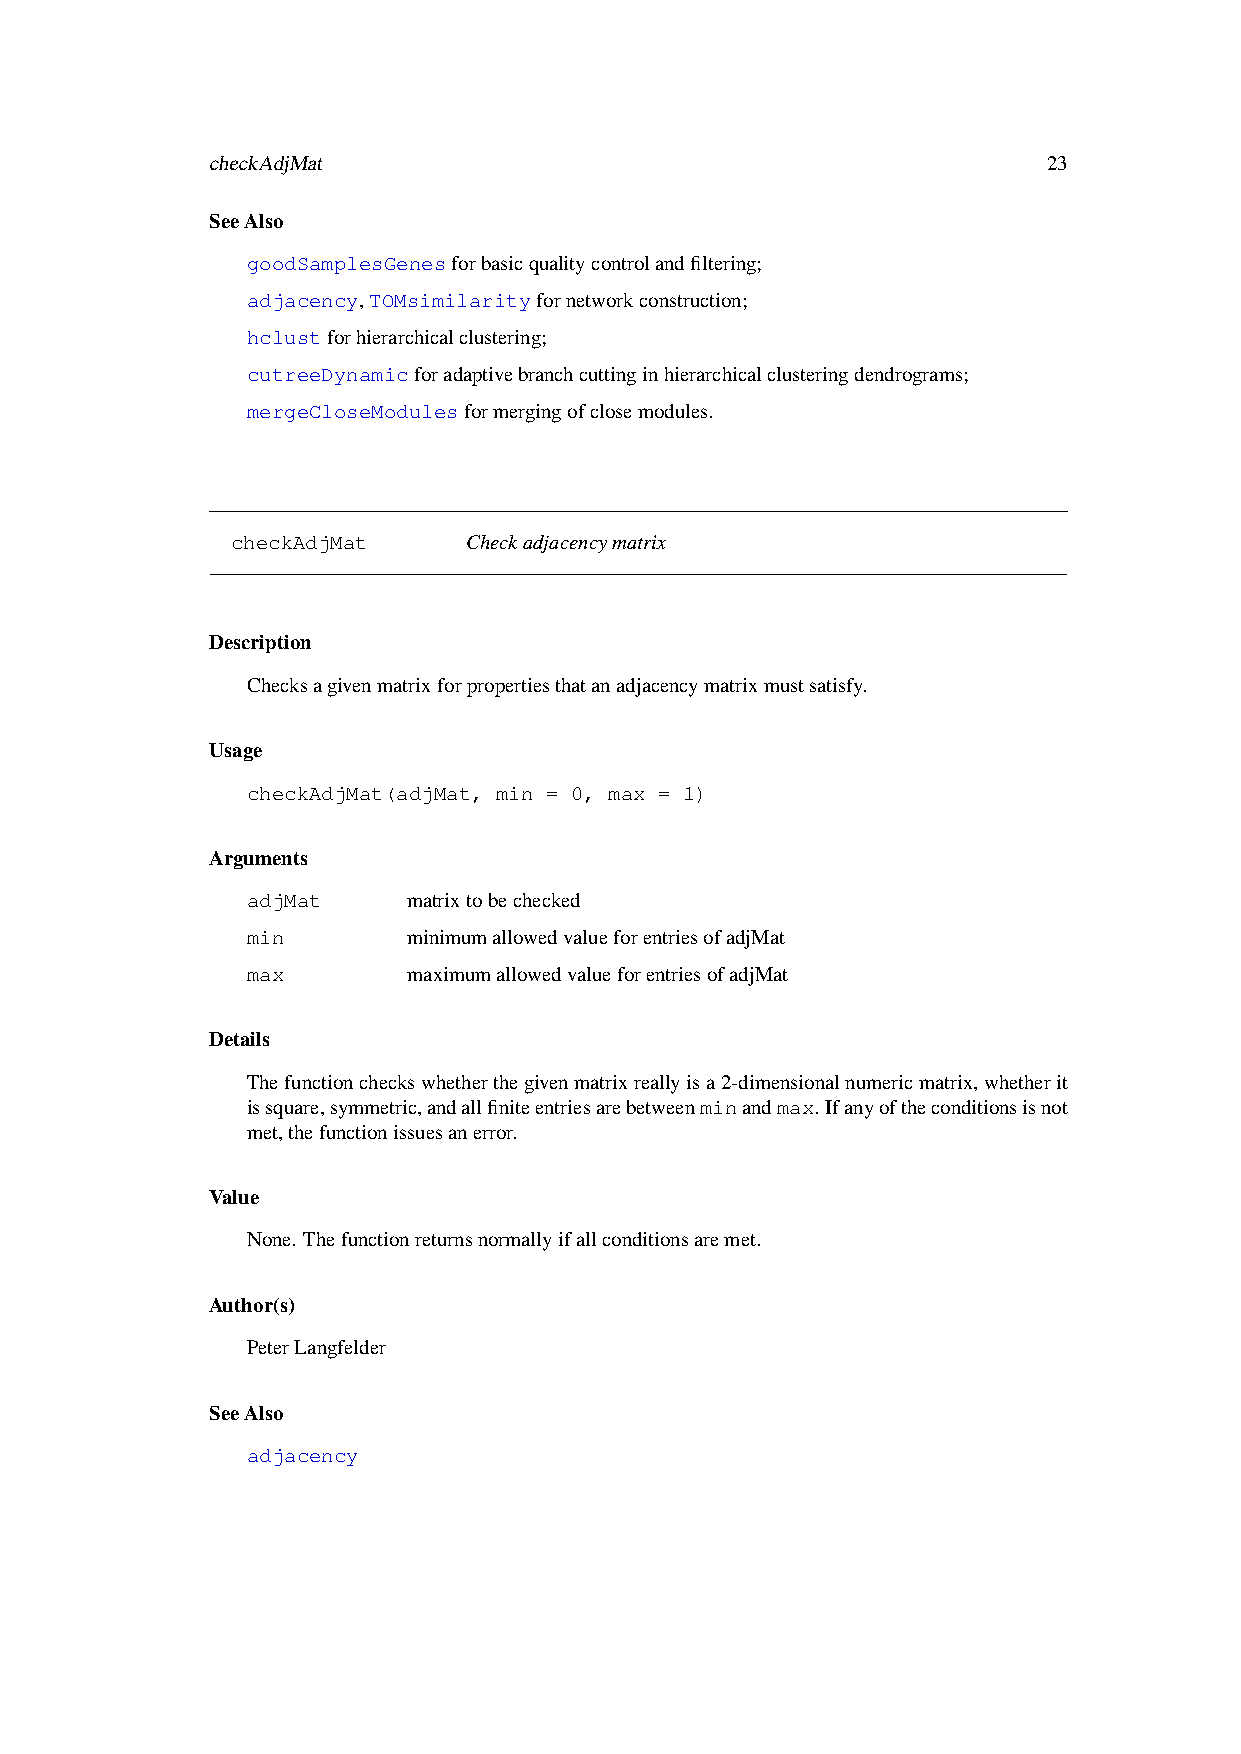
checkAdjMat                                            23
 SeeAlso
 goodSamplesGenesforbasicqualitycontrolandfiltering;
 adjacency,TOMsimilarityfornetworkconstruction;
 hclustforhierarchicalclustering;
 cutreeDynamicforadaptivebranchcuttinginhierarchicalclusteringdendrograms;
 mergeCloseModulesformergingofclosemodules.
 checkAdjMat     Checkadjacencymatrix
 Description
 Checksagivenmatrixforpropertiesthatanadjacencymatrixmustsatisfy.
 Usage
 checkAdjMat(adjMat, min = 0, max = 1)
 Arguments
 adjMat     matrixtobechecked
 min        minimumallowedvalueforentriesofadjMat
 max        maximumallowedvalueforentriesofadjMat
 Details
 Thefunctioncheckswhetherthegivenmatrixreallyisa2-dimensionalnumericmatrix,whetherit
 issquare,symmetric,andallfiniteentriesarebetweenminandmax. Ifanyoftheconditionsisnot
 met,thefunctionissuesanerror.
 Value
 None. Thefunctionreturnsnormallyifallconditionsaremet.
 Author(s)
 PeterLangfelder
 SeeAlso
 adjacency